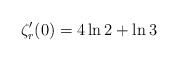
\begin{align*}\zeta_r^{\prime}(0) = 4 \ln 2 + \ln 3\end{align*}